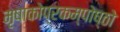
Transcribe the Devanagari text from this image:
मृषाकोप्रकम्पोष्ठो